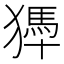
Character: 𤡹